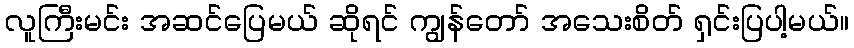
လူကြီးမင်း အဆင်ပြေမယ် ဆိုရင် ကျွန်တော် အသေးစိတ် ရှင်းပြပါ့မယ်။